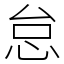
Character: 怠